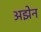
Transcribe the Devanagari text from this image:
अझेन